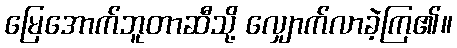
မြေအောက်ဘူတာဆီသို့ လျှောက်လာခဲ့ကြ၏။